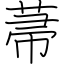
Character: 菷